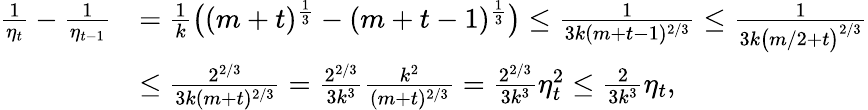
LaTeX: \begin{array}{rl}{\frac{1}{\eta_{t}}-\frac{1}{\eta_{t-1}}}&{=\frac{1}{k}\big((m+t)^{\frac{1}{3}}-(m+t-1)^{\frac{1}{3}}\big)\leq\frac{1}{3k(m+t-1)^{2/3}}\leq\frac{1}{3k\big(m/2+t\big)^{2/3}}}\\ &{\leq\frac{2^{2/3}}{3k(m+t)^{2/3}}=\frac{2^{2/3}}{3k^{3}}\frac{k^{2}}{(m+t)^{2/3}}=\frac{2^{2/3}}{3k^{3}}\eta_{t}^{2}\leq\frac{2}{3k^{3}}\eta_{t},}\end{array}